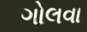
ગોલવા